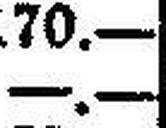
—.—